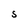
Character: S